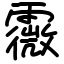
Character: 霺